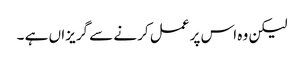
لیکن وہ اس پر عمل کرنے سے گریزاں ہے ۔